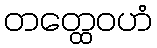
တတ္ထေဝဟံ